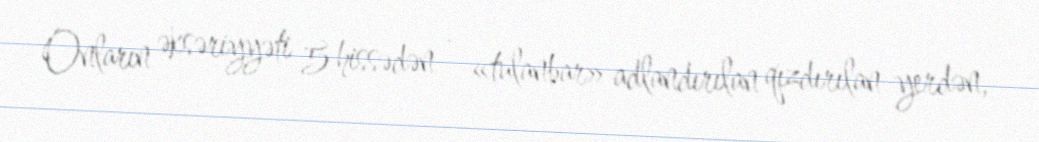
Onların əksəriyyəti 5 hissədən - «tulanbar» adlandırılan qızdırılan yerdən,